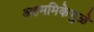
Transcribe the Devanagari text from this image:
अहममिकेमुळे